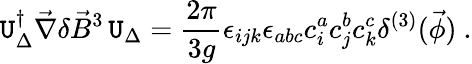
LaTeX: {\cal\mathtt{U}}_{\Delta}^{\dagger}\vec{{\nabla}}\delta\vec{{B}}^{3}\, {\cal\mathtt{U}}_{\Delta}=\frac{{2\pi}}{{3g}}\epsilon_{ijk}\epsilon_{abc}c_{i}^{a}c_{j}^{b}c_{k}^{c}\delta^{(3)}(\vec{{\phi}})\ .